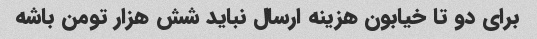
برای دو تا خیابون هزینه ارسال نباید شش هزار تومن باشه